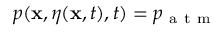
p ( \mathbf { x } , \eta ( \mathbf { x } , t ) , t ) = p _ { \mathrm { ~ a ~ t ~ m ~ } }